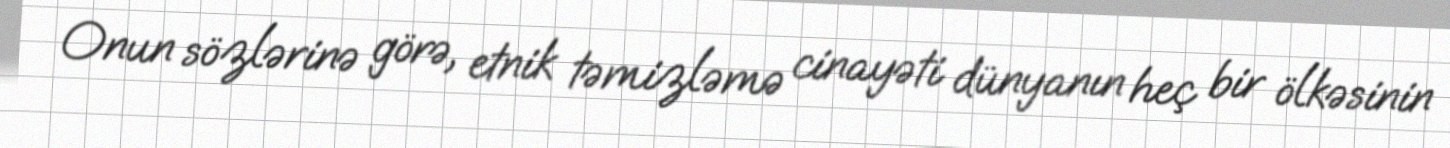
Onun sözlərinə görə, etnik təmizləmə cinayəti dünyanın heç bir ölkəsinin